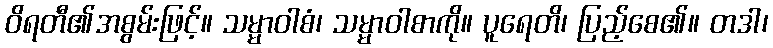
ဝိရတီ၏အစွမ်းဖြင့်။ သမ္မာဝါစံ၊ သမ္မာဝါစာကို။ ပူရေတိ၊ ပြည့်စေ၏။ တဒါ၊